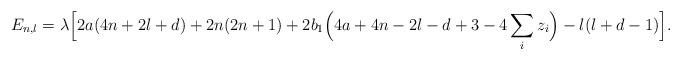
LaTeX: \begin{align*} E_{n,l} = \lambda \Bigl[2a(4n+2l+d) + 2n(2n+1) + 2b_1\Bigl(4a+4n-2l-d+3 - 4 \sum_i z_i\Bigr) - l(l+d-1)\Bigr].\end{align*}